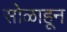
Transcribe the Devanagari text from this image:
सोळाहून